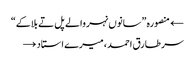
← منصورہ ”سانوں نہر والے پل تے بلاکے“
سر طارق احمد، میرے استاد →